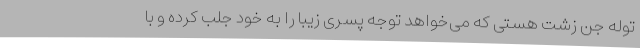
توله جن زشت هستی که می‌خواهد توجه پسری زیبا را به خود جلب کرده و با